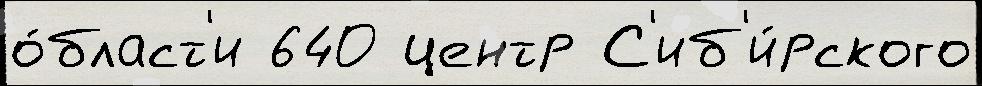
о́бласт'и 640 центр С'иб'и́рского